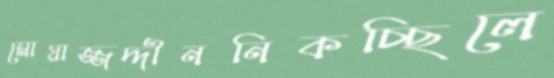
মোয়াজ্জদ্দীননিকচ্ছিলে